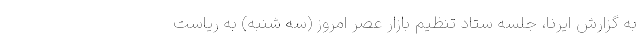
به گزارش ایرنا، جلسه ستاد تنظیم بازار عصر امروز (سه شنبه) به ریاست